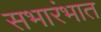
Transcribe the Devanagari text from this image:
सभारंभात